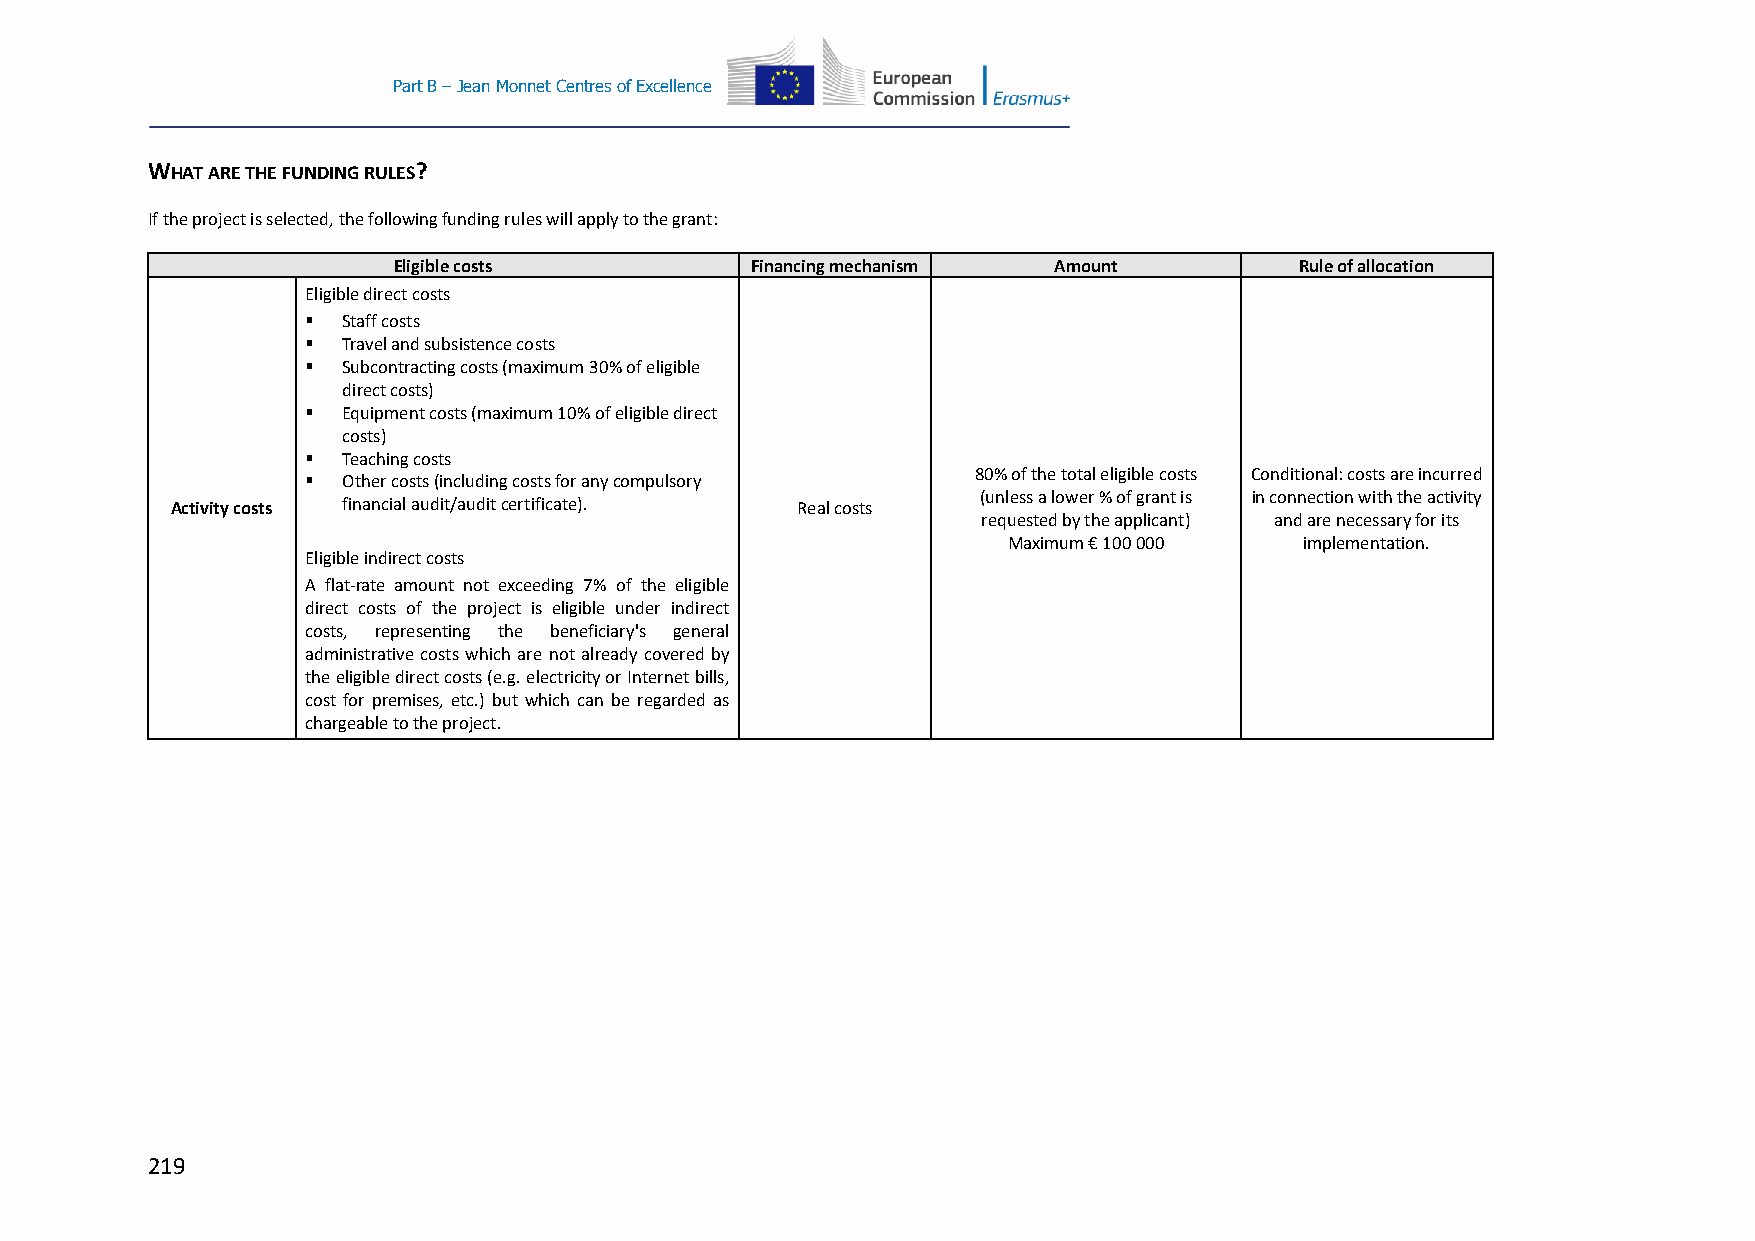
Part B – Jean Monnet Centres of Excellence
 WHAT ARE THE FUNDING RULES?
 If the project is selected, the following funding rules will apply to the grant:
 Eligible costs          Financing mechanism Amount          Rule of allocation
 Eligible direct costs
   Staff costs
   Travel and subsistence costs
   Subcontracting costs (maximum 30% of eligible
 direct costs)
   Equipment costs (maximum 10% of eligible direct
 costs)
   Teaching costs
 80% of the total eligible costs Conditional: costs are incurred
   Other costs (including costs for any compulsory
 (unless a lower % of grant is in connection with the activity
 Activity costs financial audit/audit certificate). Real costs
 requested by the applicant) and are necessary for its
 Maximum € 100 000  implementation.
 Eligible indirect costs
 A flat-rate amount not exceeding 7% of the eligible
 direct costs of the project is eligible under indirect
 costs, representing the beneficiary's general
 administrative costs which are not already covered by
 the eligible direct costs (e.g. electricity or Internet bills,
 cost for premises, etc.) but which can be regarded as
 chargeable to the project.
 219